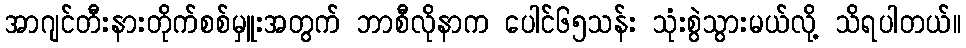
အာဂျင်တီးနားတိုက်စစ်မှူးအတွက် ဘာစီလိုနာက ပေါင်၆၅သန်း သုံးစွဲသွားမယ်လို့ သိရပါတယ်။